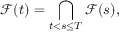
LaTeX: { \mathcal { F } } ( t ) = \bigcap _ { t < s \leq T } { \mathcal { F } } ( s ) ,